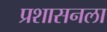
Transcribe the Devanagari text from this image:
प्रशासनला